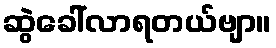
ဆွဲခေါ်လာရတယ်ဗျာ။